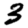
Digit: 3